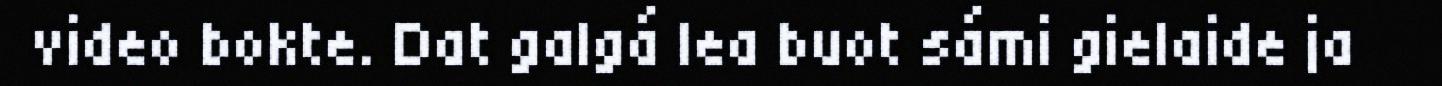
video bokte. Dat galgá lea buot sámi gielaide ja